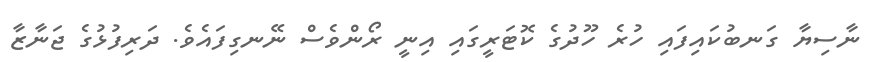
ނާސިޔާ ގަނބުކައިފައި ހުރެ ހޫދުގެ ކޮޓަރީގައި އިނީ ރޯންވެސް ނޭނގިފައެވެ. ދަރިފުޅުގެ ޖަނާޒާ